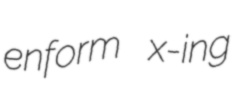
enform x-ing